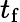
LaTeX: t_{\mathrm{f}}